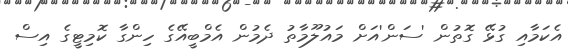
އެކަމާއި ގުޅޭ ގޮތުން 'ސަން'އަށް މައުލޫމާތު ދެމުން އެމްބީއޭގެ ހިންގާ ކޮމިޓީގެ އިސް